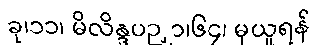
ခု၊၁၁၊ မိလိန္ဒပဉှာ၊၆၄၊ မှယူရန်